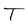
Character: T